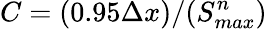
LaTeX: C=(0.95\Delta x)/(S_{max}^{n})